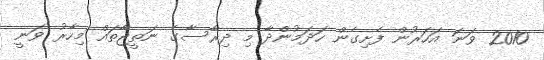
2010 ވަނަ އަހަރުން ފެށިގެން ހަދަމުންދާ މި ދިރާސާގެ ނަތީޖާތައް މިހާރު ވަނީ